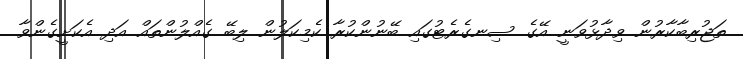
ތަޖުރިބާކާރުން ވިދާޅުވަނީ އޭގެ ސިނގެރެޓުގައި ބޭނުންކުރާ ކެމިކަލުން ލިބޭ ގެއްލުންތައް އަދި އެކަށީގެންވާ